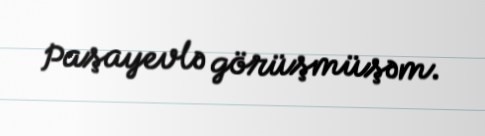
Paşayevlə görüşmüşəm.